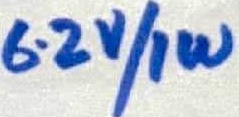
Text: 6.2V/1W